Code of medical and sanitary regulations for the guidance of medical officers serving in the Madras Presidency - Volume I
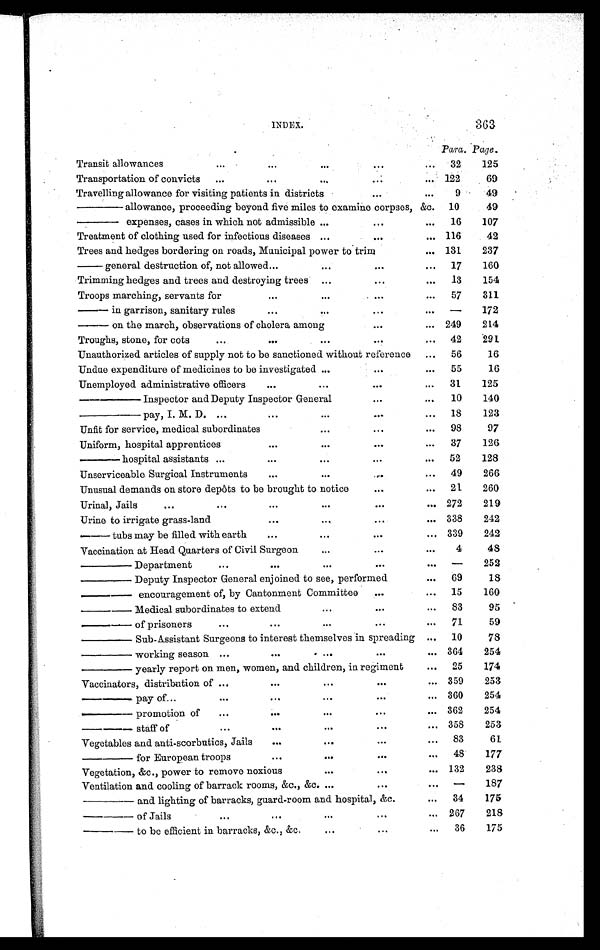
INDEX. 363
Para. Page.
Transit allowances
...
...
. . .
...
... 32
125
Transportation of convicts ...
...
. . .
. . .
... 122
69
Travelling allowance for visiting patients in districts
...
. . . 9
49
—— allowance, proceeding beyond five miles to examine corpses, &c. 10
49
——expenses, cases in which not admissible ...
...
... 16
107
Treatment of clothing used for infectious diseases . . .
. . .
... 116
42
Trees and hedges bordering on roads, Municipal power to trim
... 131
237
— general destruction of, not allowed ...
. . .
...
... 17
160
Trimming hedges and trees and destroying trees ...
. . .
... 13
154
Troops marching, servants for
...
. . .
. . .
... 57
311
— in garrison, sanitary rules
...
. . .
...
...
— 172
— on the march, observations of cholera among
...
... 249
214
Troughs, stone, for cots
...
...
. . .
...
... 42
291
Unauthorized articles of supply not to be sanctioned without reference ... 56
16
Undue expenditure of medicines to be investigated ...
...
... 55
16
Unemployed administrative officers
...
...
. . .
... 31
125
——— Inspector and Deputy Inspector General
...
... 10
140
— — — p a y , I . M . D . ...
...
. . .
...
... 18
123
Unfit for service, medical subordinates
. . .
...
... 98
97
Uniform, hospital apprentices
...
. . .
. . .
... 37
126
——hospital assistants ...
...
...
...
... 52
128
Unserviceable Surgical Instruments
...
...
. . .
... 49
266
Unusual demands on store depôts to be brought to notice
...
... 21
260
Urinal, Jails
...
...
...
. . .
...
... 272
219
Urine to irrigate grass-land
...
. . .
. . .
... 338
242
—— tubs may be filled with earth
...
. . .
...
... 339
242
Vaccination at Head Quarters of Civil Surgeon
...
...
. . . 4
48
——— Department
...
...
...
. . .
. . . —
252
——— Deputy Inspector General enjoined to see, performed
... 69
18
——— encouragement of, by Cantonment Committee ...
... 15
160
— — — M e d i c a l s u b o r d i n a t e s t o e x t e n d
...
...
... 83
95
——— of prisoners
...
...
...
...
... 71
59
——— Sub-Assistant Surgeons to interest themselves in spreading ... 10
78
——— working season ...
...
...
. . .
... 364
254
——— yearly report on men, women, and children, in regiment
... 25
174
Vaccinators, distribution of ...
...
...
. . .
... 359
253
— — — p a y o f
...
...
...
...
. . .
... 360
254
— — — p r o m o t i o n o f
...
...
...
...
... 362
254
— — — s t a f f o f
...
...
. . .
. . .
... 358
253
Vegetables and anti-scorbutics, Jails
...
...
. . .
... 83
61
——— for European troop
...
...
. . .
... 48
177
Vegetation, &c., power to remove noxious
. . .
...
... 132
238
Ventilation and cooling of barrack rooms, &c., &c. ...
. . .
. . . —
187
——— and lighting of barracks, guard-room and hospital, &c.
... 34
175
— — — o f J a i l
...
...
...
. . .
... 267
218
——— to be efficient in barracks, &c., &c.
. . .
. . .
. . . 36
175